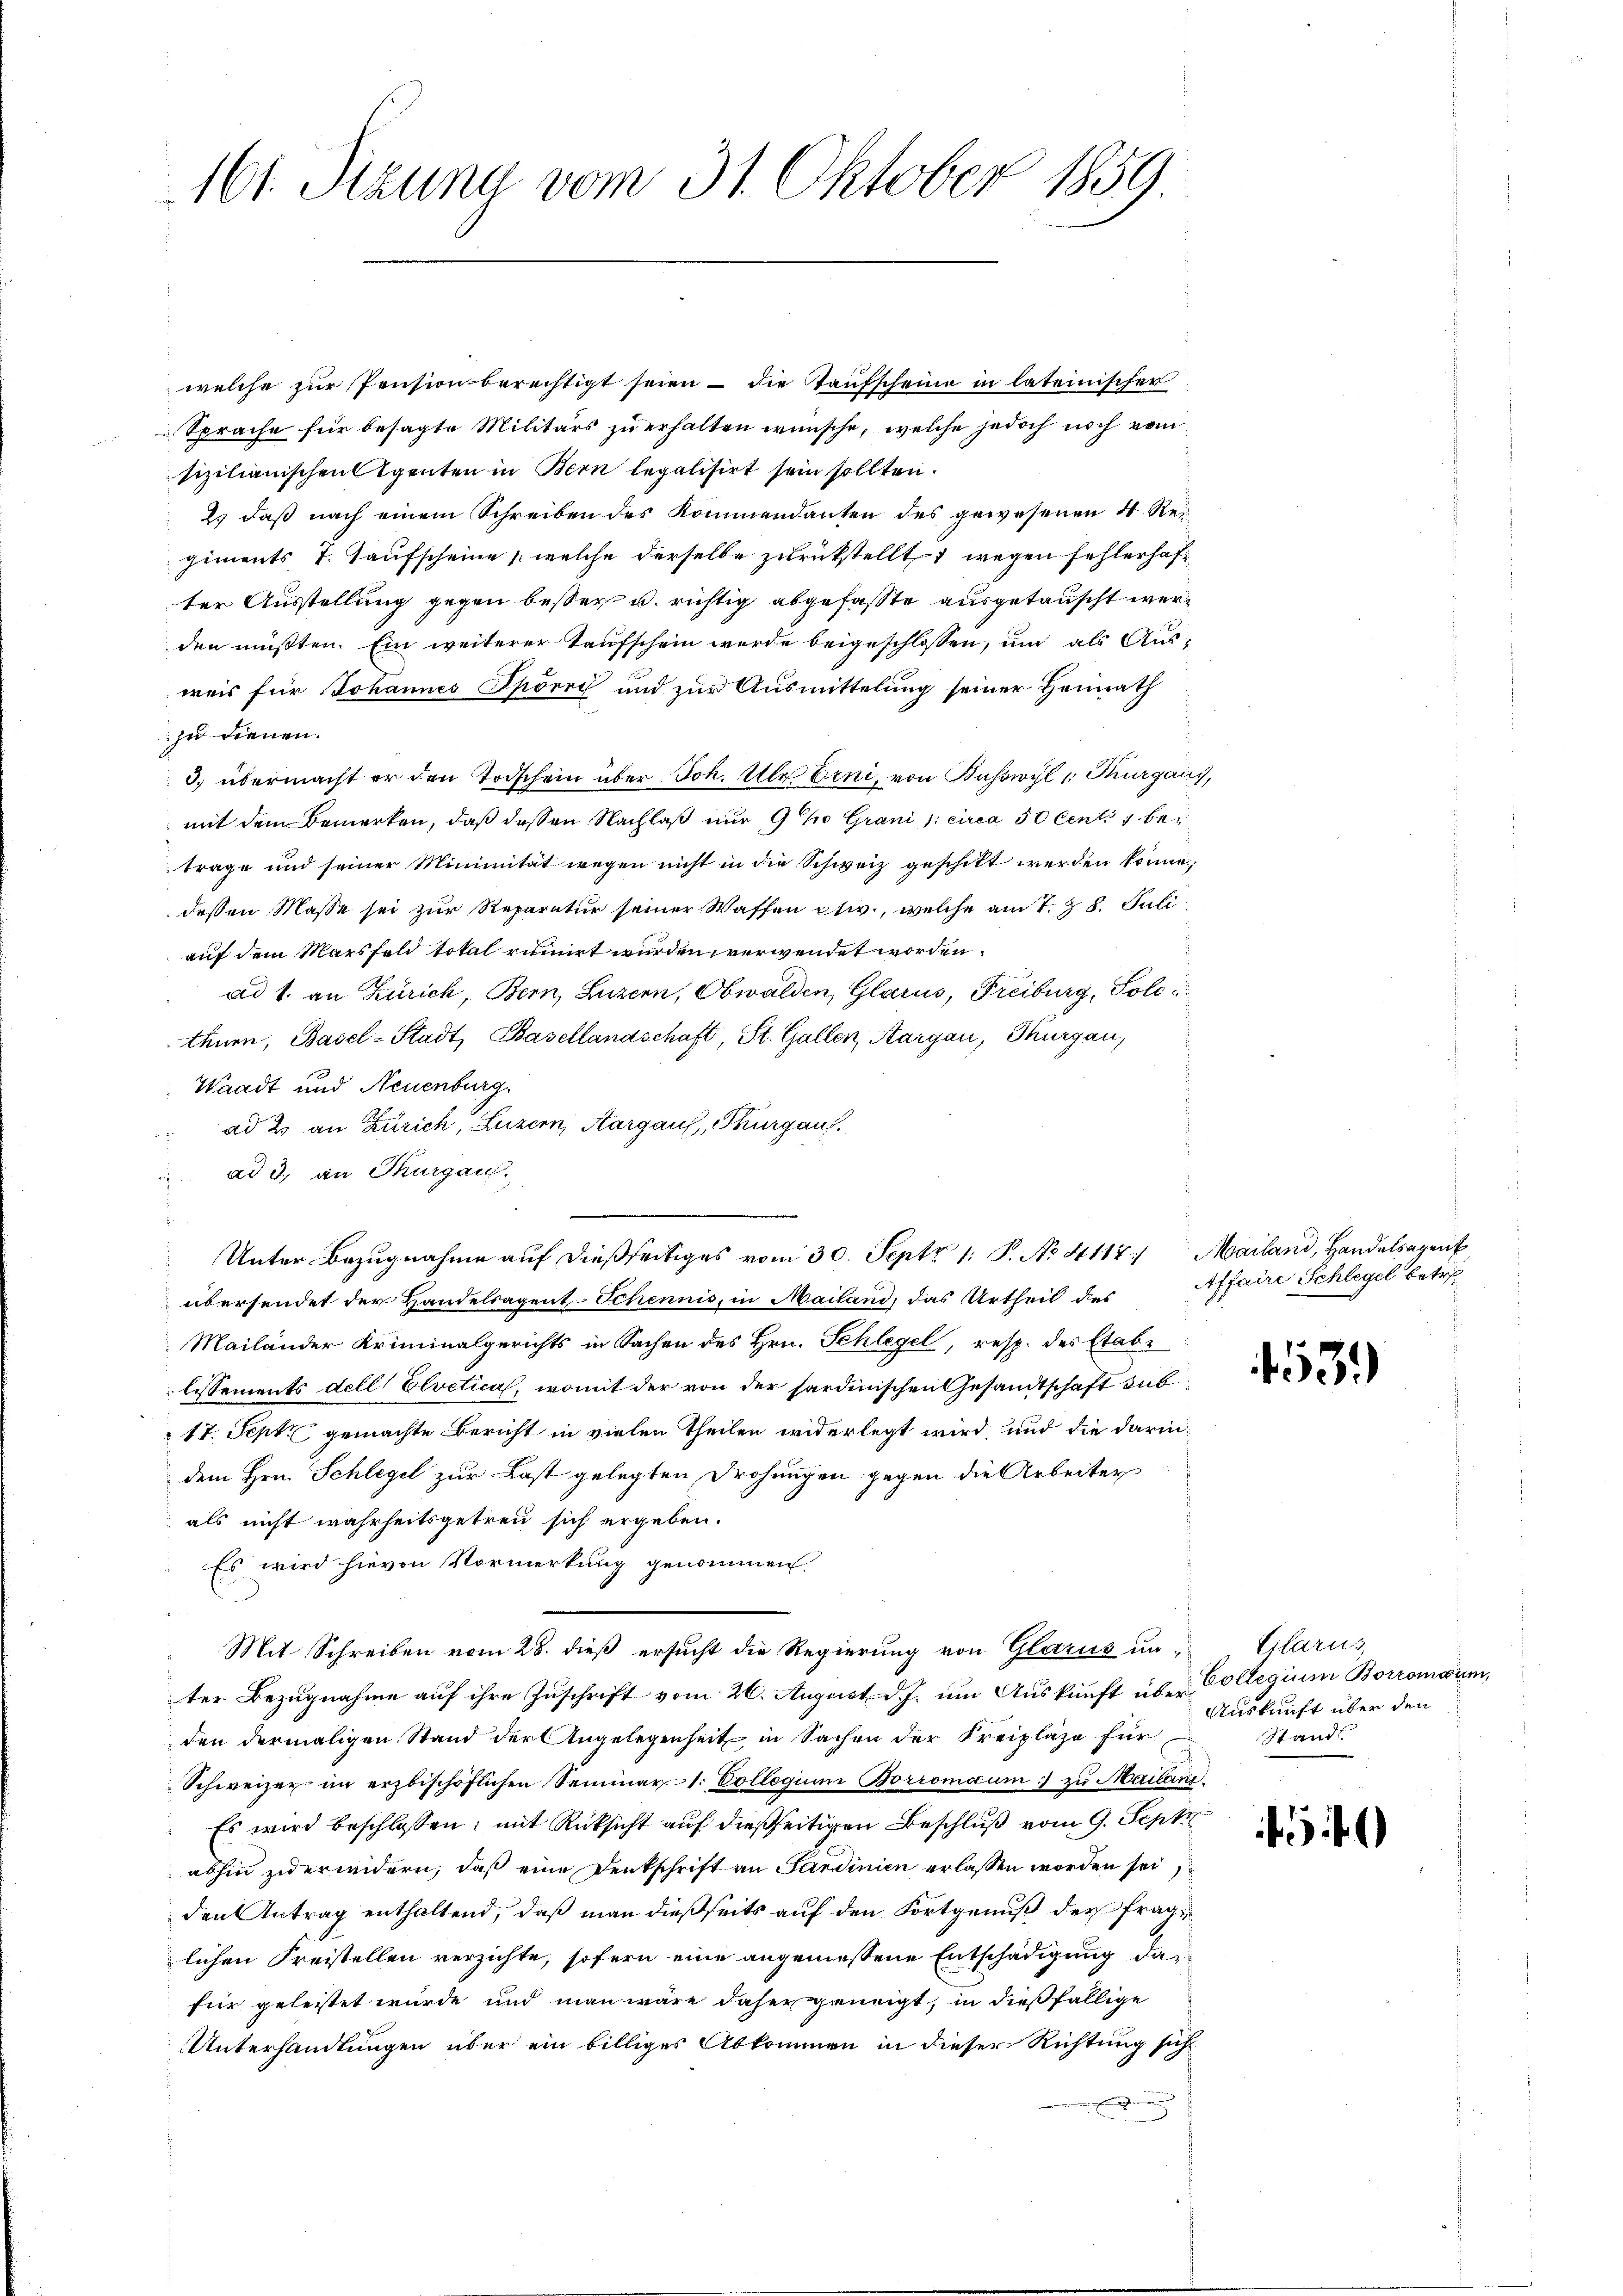
161. Sitzung vom 31. Oktober 1859.

welche zur Pension berechtigt seien die Taufscheine in lateinischer
Sprache für besagte Militärs zu erhalten wünsche, welche jedoch noch vom
sizilianischen Agenten in Bern legalisirt sein sollten.
2. daß nach einem Schreiben des Kommendanten des gewesenen 4 Regiments J. Kaufscheine , welche derselbe zurückstellt wegen fehlerhafter Ausstellung gegen besser u. richtig abgefaßte ausgetauscht werden müßten. Ein weiterer Taufschein werde beigeschlossen, um als Aus-
weis für Johannes Spörri und zur Ausmittelung seiner Heimath
zu fernen.
3.) übermacht er den Todschein über Joh. Ulr Erni, von Kahrwyl, Thurgaus,
mit dem Bemerken, daß dessen Nachlaß nur 9% Grani (: circa 50 Centi i betrage und seiner Minimität wegen nicht in die Schweiz geschikt werden könne;
dessen Masse sei zur Reparatur seiner Waffen etw., welche am 1. Z. 8. Juli
auf dem Marsfeld total rituirt wurden verwendet worden.
ad 1. an Zürich, Bern, Luzern, Obwalden, Glarus, Freiburg, Solo
thuen, Basel-Stadt, Basellandschaft, St. Gallen, Aargau, Thurgau,
Waadt und Neuenburg.
ad 2. an Zürich, Luzern, Aargau, Thurgauf.
ad 3., an Thurgau.
s
übersendet der Handelsagent-Schennis, in Mailand, das Urtheil des
Mailänder Kriminalgerichts in Sachen des Hrn. Schlegel, resp. des Etablissements dell Elvetica, womit der von der sardinischen Gesandtschaft sub
17. Sept gemachte Bericht in vielen Theilen widerlegt wird, und die darin-
dem Hrn. Schlegel zur Last gelegten Drohungen gegen die Arbeiter
als nicht wahrheitsgetreu sich ergeben:
Es wird hievon Vormerkung genommen
Mit Schreiben vom 28. dieß ersucht die Regierung von Glarus unter Bezŭgnahme aŭf ihre Zŭschrift vom 26. August d. J. ŭm Aŭskŭnft über Collegium Borromaum,
den dermaligen Stand der Angelegenheit in Sachen der Freiplaze für
Schweizer im erzbischöflichen Seminar 1: Collegium Borromaum: zu Mailani
Es wird beschlossen; mit Rücksicht auf dießseitigen Beschluß vom 9. Sept
abhin zuerindern, daß eine Denkschrift an Sardinien erlassen worden sei
den Antrag enthaltend, daß man dießseits auf den Fortgenuß der fraglichen Freistellen verzichte, sofern eine angemessene Entschädigung dafür geleistet wurde und man wäre daher geneigt, in dießfällige
Unterhandlungen über ein billiges Abkommen in dieser Richtung sich

Unter Bezugnahme auf dießseitiges vom 30. Sept 1. P. No 4117. Mailand, Handelsagent

Affaire Schlegel betre¬

43.)

Glarus,
Auskunft über den
Stand.